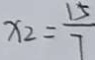
x _ { 2 } = \frac { 1 5 } { 7 }